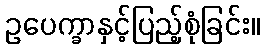
ဥပေက္ခာနှင့်ပြည့်စုံခြင်း။